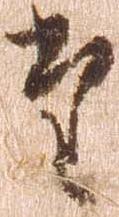
た